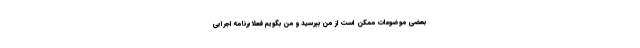
بعضی موضوعات ممکن است از من بپرسید و من بگویم فعلاً برنامه اجرایی